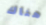
هناك